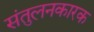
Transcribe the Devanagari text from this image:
संतुलनकारक